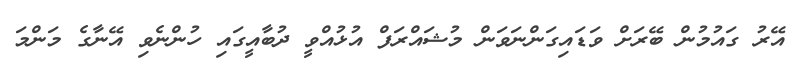
އޭރު ގައުމުން ބޭރަށް ވަޑައިގަންނަވަން މުޝައްރަފް އުޅުއްވީ ދުބާއީގައި ހުންނެވި އޭނާގެ މަންމަ